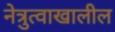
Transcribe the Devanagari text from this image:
नेत्रुत्वाखालील